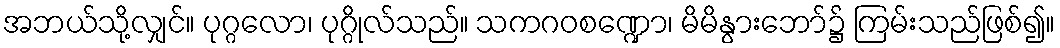
အဘယ်သို့လျှင်။ ပုဂ္ဂလော၊ ပုဂ္ဂိုလ်သည်။ သကဂဝစဏ္ဍော၊ မိမိနွားဘော်၌ ကြမ်းသည်ဖြစ်၍။